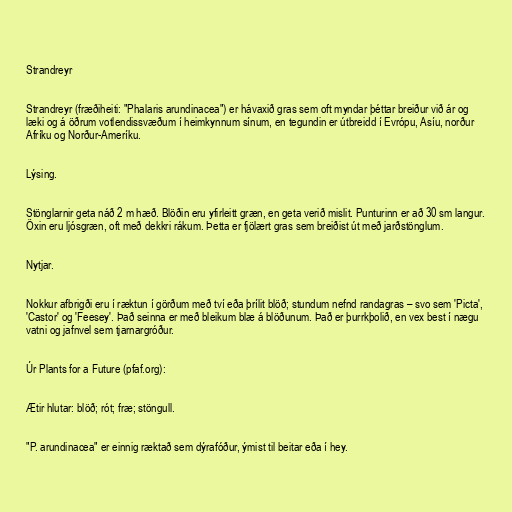
Strandreyr

Strandreyr (fræðiheiti: "Phalaris arundinacea") er hávaxið gras sem oft myndar þéttar breiður við ár og
læki og á öðrum votlendissvæðum í heimkynnum sínum, en tegundin er útbreidd í Evrópu, Asíu, norður
Afríku og Norður-Ameríku.

Lýsing.

Stönglarnir geta náð 2 m hæð. Blöðin eru yfirleitt græn, en geta verið mislit. Punturinn er að 30 sm langur.
Öxin eru ljósgræn, oft með dekkri rákum. Þetta er fjölært gras sem breiðist út með jarðstönglum.

Nytjar.

Nokkur afbrigði eru í ræktun í görðum með tví eða þrílit blöð; stundum nefnd randagras – svo sem 'Picta',
'Castor' og 'Feesey'. Það seinna er með bleikum blæ á blöðunum. Það er þurrkþolið, en vex best í nægu
vatni og jafnvel sem tjarnargróður.

Úr Plants for a Future (pfaf.org):

Ætir hlutar: blöð; rót; fræ; stöngull.

"P. arundinacea" er einnig ræktað sem dýrafóður, ýmist til beitar eða í hey.